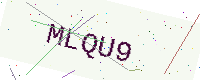
Text: MLQU9